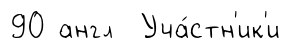
90 англ Уча́стн'ик'и